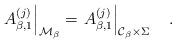
LaTeX: \begin{align*}\left.A_{\beta,1}^{(j)}\right|_{{\cal M}_\beta}=\left.A_{\beta,1}^{(j)}\right|_{{\cal C}_\beta\times\Sigma}~~~.\end{align*}